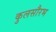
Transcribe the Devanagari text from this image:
कुलसौरभ